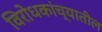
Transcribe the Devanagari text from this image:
विरोधकांच्यातील